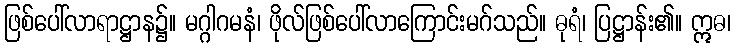
ဖြစ်ပေါ်လာရာဋ္ဌာန၌။ မဂ္ဂါဂမနံ၊ ဖိုလ်ဖြစ်ပေါ်လာကြောင်းမဂ်သည်။ ဓုရံ၊ ပြဋ္ဌာန်း၏။ ဣဓ၊